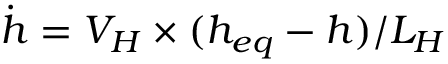
\dot { h } = V _ { H } \times ( h _ { e q } - h ) / L _ { H }